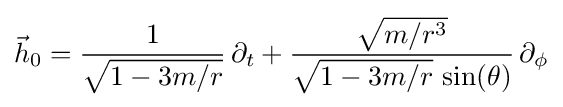
{\vec {h}}_{0}={\frac {1}{\sqrt {1-3m/r}}}\,\partial _{t}+{\frac {\sqrt {m/r^{3}}}{{\sqrt {1-3m/r}}\,\sin(\theta )}}\,\partial _{\phi }